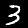
Digit: 3